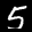
Label: 5